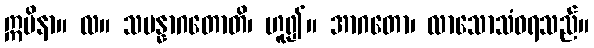
ဣမိနာ။ လ။ သမန္နာဂတောတိ၊ ဟူ၍။ အာဂတော၊ လာသောသံဝရသည်။